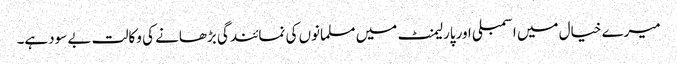
میرے خیال میں اسمبلی اورپارلیمنٹ میں مسلمانوں کی نمائندگی بڑھانے کی وکالت بے سودہے۔